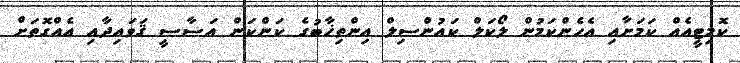
ކޮމިޓީއެއް ކަމަށާއި އެހެންކަމުން ލޯކަލް ކައުންސިލް އިންތިޚާބުގެ ކަންކަން އަސާސީ ޤަވައިދާއި އެއްގޮތަށް